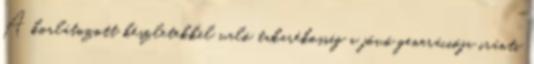
A korlátozott készletekkel való takarékosság a jövő generációja iránti